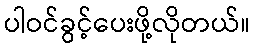
ပါဝင်ခွင့်ပေးဖို့လိုတယ်။